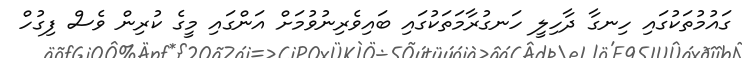
ގައުމުތަކުގައި ހިނގާ ދާހިލީ ހަނގުރާމަތަކުގައި ބައިވެރިނުވުމަށް އަންގައި މީގެ ކުރިން ވެސް ފިގުހް